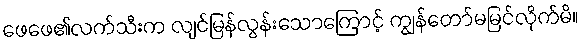
ဖေဖေ၏လက်သီးက လျင်မြန်လွန်းသောကြောင့် ကျွန်တော်မမြင်လိုက်မိ။